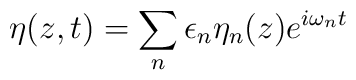
\eta (z,t) = \sum_n \epsilon_n \eta_n (z) e^{i\omega_n t}